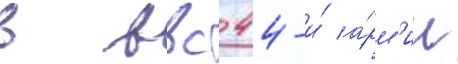
в ввс 44-и́ а́рм'ии